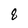
Character: 8